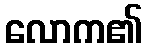
လောက၏